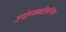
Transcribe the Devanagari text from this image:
उपोष्णकटिबन्धिय